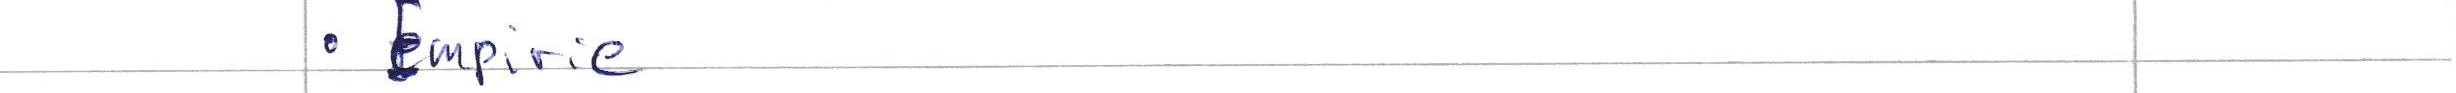
Empirie